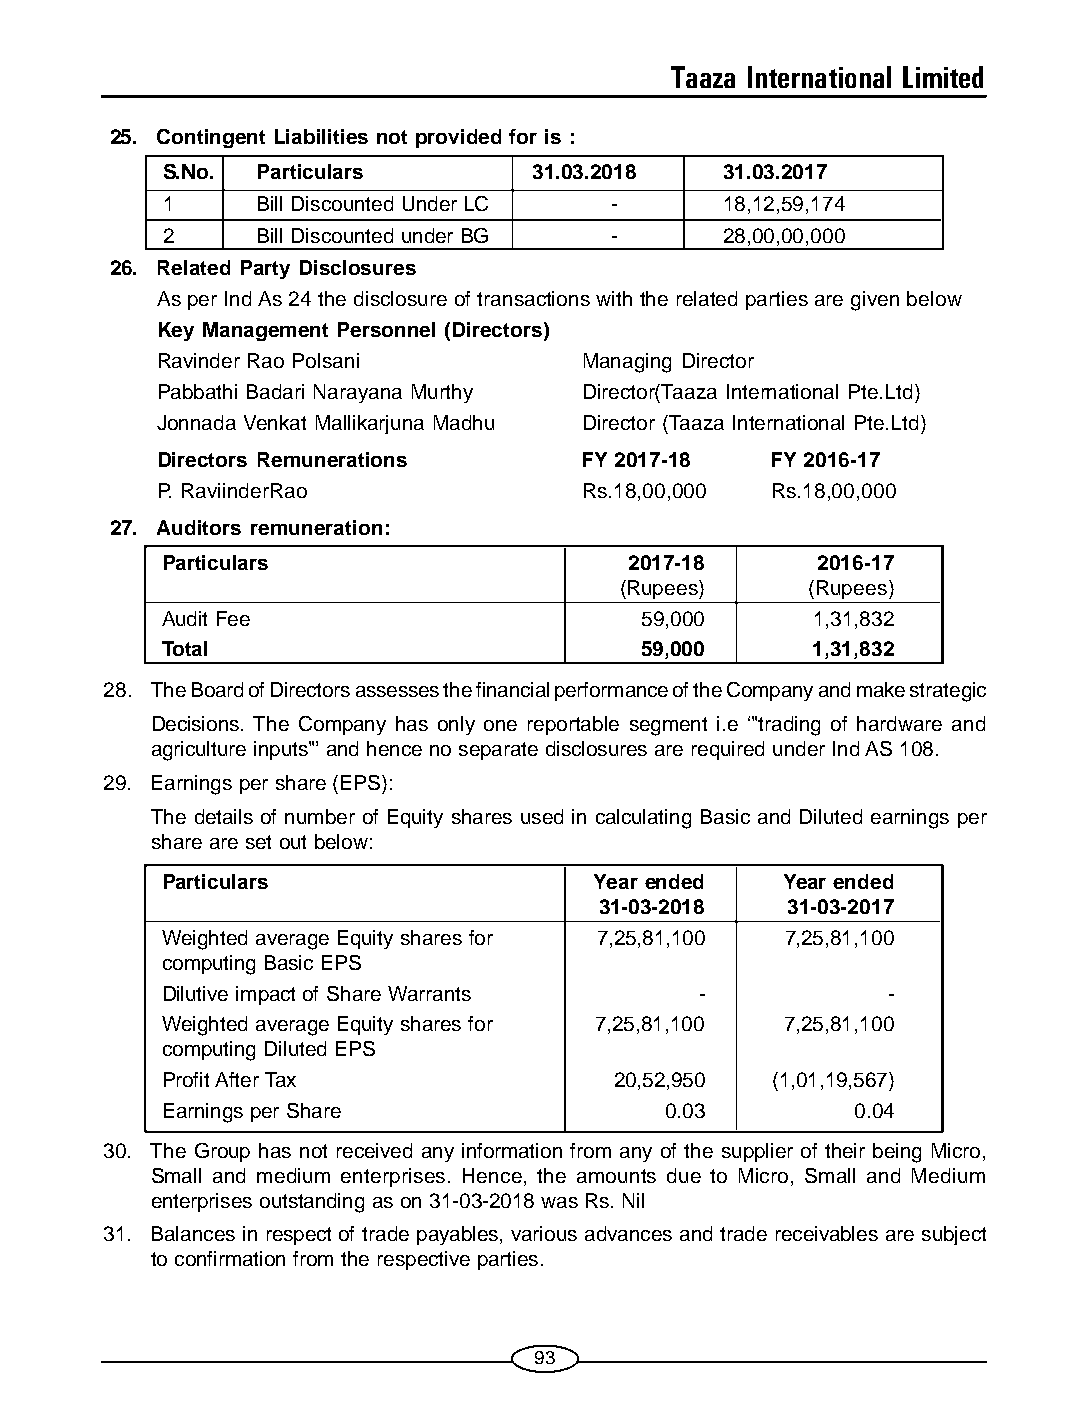
Taaza International Limited
 25. Contingent Liabilities not provided for is :
 S.No. Particulars       31.03.2018   31.03.2017
 1     Bill Discounted Under LC -     18,12,59,174
 2     Bill Discounted under BG -     28,00,00,000
 26. Related Party Disclosures
 As per Ind As 24 the disclosure of transactions with the related parties are given below
 Key Management Personnel (Directors)
 Ravinder Rao Polsani         Managing Director
 Pabbathi Badari Narayana Murthy Director(Taaza International Pte.Ltd)
 Jonnada Venkat Mallikarjuna Madhu Director (Taaza International Pte.Ltd)
 Directors Remunerations      FY 2017-18  FY 2016-17
 P. RaviinderRao              Rs.18,00,000 Rs.18,00,000
 27. Auditors remuneration:
 Particulars                    2017-18     2016-17
 (Rupees)     (Rupees)
 Audit Fee                       59,000     1,31,832
 Total                          59,000      1,31,832
 28. The Board of Directors assesses the financial performance of the Company and make strategic
 Decisions. The Company has only one reportable segment i.e ‘"trading of hardware and
 agriculture inputs"’ and hence no separate disclosures are required under Ind AS 108.
 29. Earnings per share (EPS):
 The details of number of Equity shares used in calculating Basic and Diluted earnings per
 share are set out below:
 Particulars                 Year ended   Year ended
 31-03-2018  31-03-2017
 Weighted average Equity shares for 7,25,81,100 7,25,81,100
 computing Basic EPS
 Dilutive impact of Share Warrants  -            -
 Weighted average Equity shares for 7,25,81,100 7,25,81,100
 computing Diluted EPS
 Profit After Tax              20,52,950 (1,01,19,567)
 Earnings per Share               0.03         0.04
 30. The Group has not received any information from any of the supplier of their being Micro,
 Small and medium enterprises. Hence, the amounts due to Micro, Small and Medium
 enterprises outstanding as on 31-03-2018 was Rs. Nil
 31. Balances in respect of trade payables, various advances and trade receivables are subject
 to confirmation from the respective parties.
 93